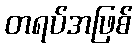
တရပ်အဖြစ်